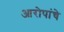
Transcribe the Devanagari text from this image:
आरोपांचे